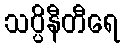
သပ္ပိနီတီရေ